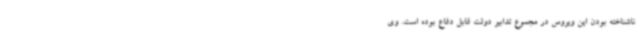
ناشناخته بودن این ویروس در مجموع تدابیر دولت قابل دفاع بوده است. وی